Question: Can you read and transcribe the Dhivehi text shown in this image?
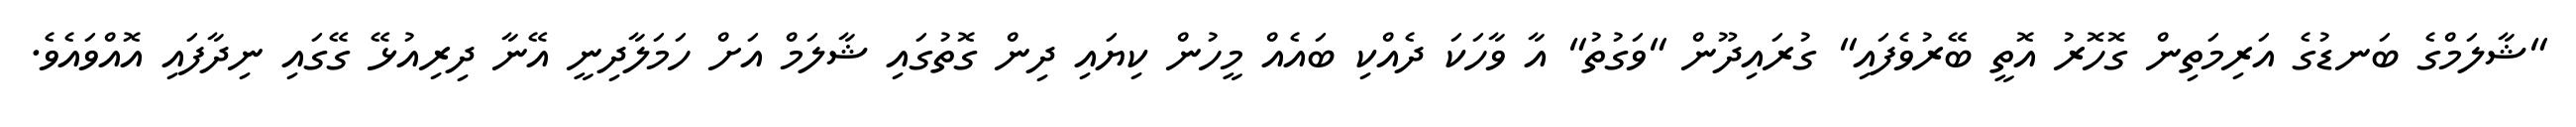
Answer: "ޝާލަމްގެ ބަނޑުގެ އަރިމަތިން ގޮހޮރު އޮތީ ބޭރުވެފައި" ގުރައިދޫން "ވަގުތު" އާ ވާހަކަ ދެއްކި ބައެއް މީހުން ކިޔައި ދިން ގޮތުގައި ޝާލަމް އަށް ހަމަލާދިނީ އޭނާ ދިރިއުޅޭ ގޭގައި ނިދާފައި އޮއްވައެވެ.